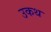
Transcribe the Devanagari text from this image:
उकथ